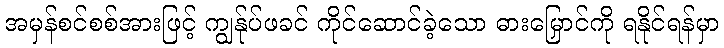
အမှန်စင်စစ်အားဖြင့် ကျွန်ုပ်ဖခင် ကိုင်ဆောင်ခဲ့သော ဓားမြှောင်ကို ရနိုင်ရန်မှာ